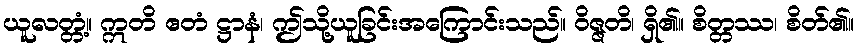
ယူလတ္တံ့။ ဣတိ ဧတံ ဋ္ဌာနံ၊ ဤသို့ယူခြင်းအကြောင်းသည်။ ဝိဇ္ဇတိ၊ ရှိ၏။ စိတ္တဿ၊ စိတ်၏။